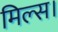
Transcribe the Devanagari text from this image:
मिल्स।